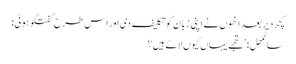
کچھ دیر بعد انھوں نے اپنی زبان کو تکلیف دی اور اس طرح گفتگو ہوئی:
سانگھل: ’تجھے یہاں کیوں لائے ہیں؟